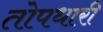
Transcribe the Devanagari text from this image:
तोपधारी